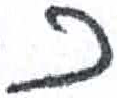
אות: כ